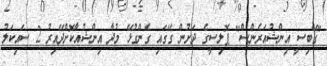
"ގޭބިސީ އިންޝުއަރެންސް" ޕޮލިސީގެ ދަށުން ގޭގައި ގެންގުޅޭ މުދާ އިންޝުއާކޮށްދޭއިރު 2 ސައިކަލު